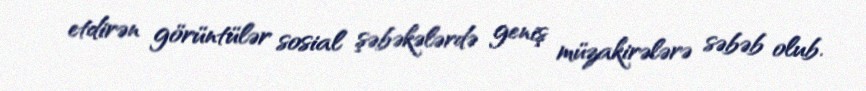
etdirən görüntülər sosial şəbəkələrdə geniş müzakirələrə səbəb olub.